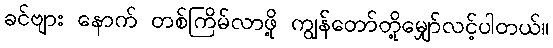
ခင်ဗျား နောက် တစ်ကြိမ်လာဖို့ ကျွန်တော်တို့မျှော်လင့်ပါတယ်။